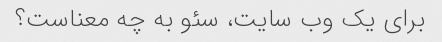
برای یک وب سایت، سئو به چه معناست؟